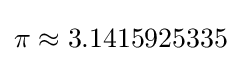
\pi \approx 3.1415925335